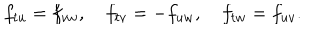
f _ { t u } = f _ { v w } , \quad f _ { t v } = - f _ { u w } , \quad f _ { t w } = f _ { u v } .